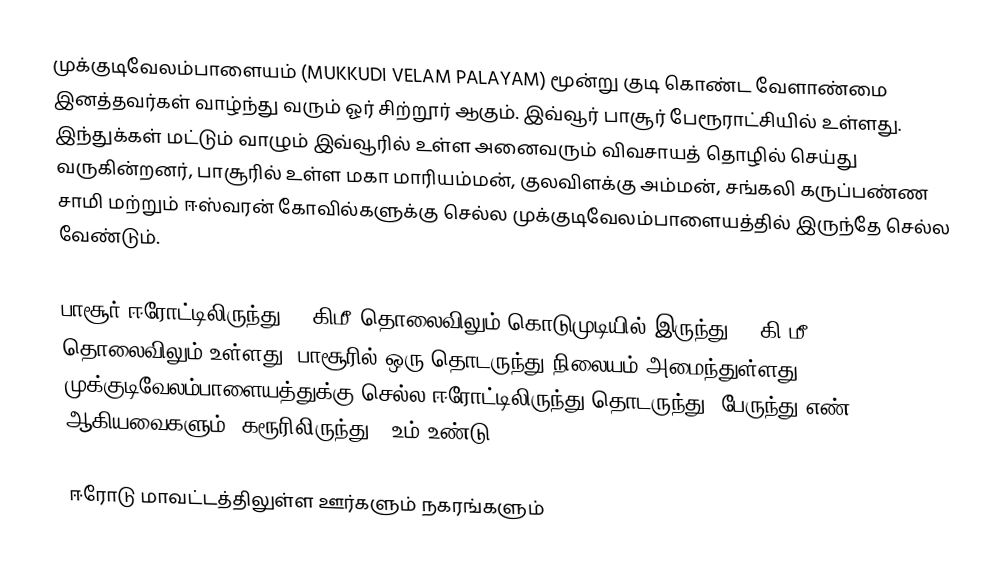
முக்குடிவேலம்பாளையம் (MUKKUDI VELAM PALAYAM) மூன்று குடி கொண்ட வேளாண்மை இனத்தவர்கள் வாழ்ந்து வரும் ஓர் சிற்றூர் ஆகும். இவ்வூர் பாசூர் பேரூராட்சியில் உள்ளது. இந்துக்கள் மட்டும் வாழும் இவ்வூரில் உள்ள அனைவரும் விவசாயத் தொழில் செய்து வருகின்றனர், பாசூரில் உள்ள மகா மாரியம்மன், குலவிளக்கு அம்மன், சங்கலி கருப்பண்ண சாமி மற்றும் ஈஸ்வரன் கோவில்களுக்கு செல்ல முக்குடிவேலம்பாளையத்தில் இருந்தே செல்ல வேண்டும்.

பாசூர் ஈரோட்டிலிருந்து 19 கிமீ தொலைவிலும் கொடுமுடியில் இருந்து 19 கி.மீ. தொலைவிலும் உள்ளது. பாசூரில் ஒரு தொடருந்து நிலையம் அமைந்துள்ளது. முக்குடிவேலம்பாளையத்துக்கு செல்ல ஈரோட்டிலிருந்து தொடருந்து, பேருந்து எண் 30,6A ஆகியவைகளும், கரூரிலிருந்து K2உம் உண்டு.

ஈரோடு மாவட்டத்திலுள்ள ஊர்களும் நகரங்களும்